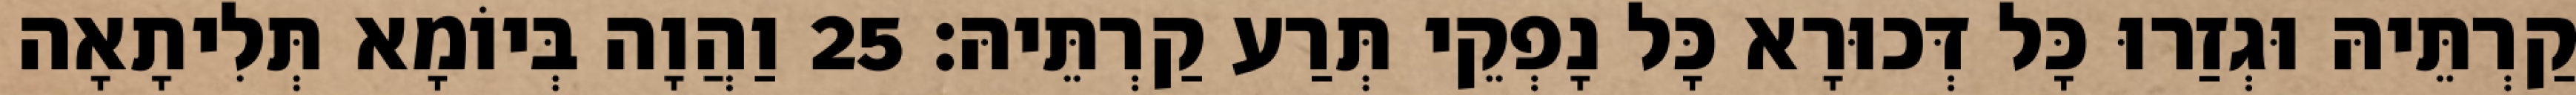
קַרְתֵּיהּ וּגְזַרוּ כָּל דְּכוּרָא כָּל נָפְקֵי תְּרַע קַרְתֵּיהּ׃ 25 וַהֲוָה בְּיוֹמָא תְּלִיתָאָה